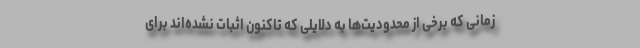
زمانی که برخی از محدودیت‌ها به دلایلی که تاکنون اثبات نشده‌اند برای